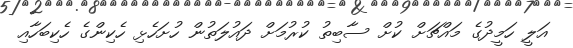
އަލީ ހަމީދުގެ މައްޗަށް ކުށް ސާބިތު ކުރުމަށް ދައުލަތުން ހުށަހެޅި ހެކިންގެ ހެކިބަހާއި